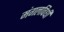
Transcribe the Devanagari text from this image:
मंगलविधी